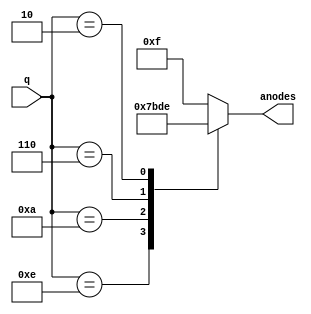
module anodesDriver(q, anodes);
input [3:0] q;
output reg [3:0] anodes; 

always@(q)
begin
    case(q)
        //he series of the anodes is an3, an2, an1, an0. he value of q and the corresponding value of the anodes are given from the instructions  
        4'b1110: anodes = 4'b0111;
        4'b1010: anodes = 4'b1011;
        4'b0110: anodes = 4'b1101;
        4'b0010: anodes = 4'b1110;
        default: anodes = 4'b1111;
    endcase
end
endmodule